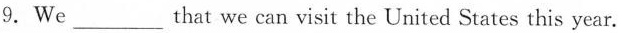
9.We___that we can visit the United States this year.